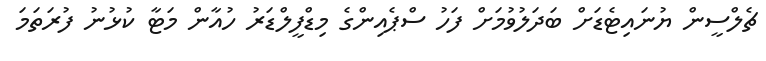
ޗެލްސީން ޔުނައިޓެޑަށް ބަދަލުވުމަށް ފަހު ސްޕެއިންގެ މިޑްފީލްޑަރު ހުއާން މަޓާ ކުޅުނު ފުރަތަމަ